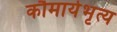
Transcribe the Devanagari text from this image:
कौमार्यभृत्य